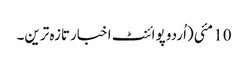
10 مئی(اُردو پوائنٹ اخبارتازہ ترین۔